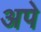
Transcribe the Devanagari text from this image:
अपे